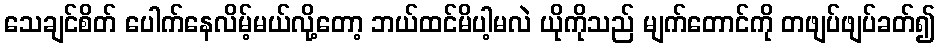
သေချင်စိတ် ပေါက်နေလိမ့်မယ်လို့တော့ ဘယ်ထင်မိပါ့မလဲ ယိုကိုသည် မျက်တောင်ကို တဖျပ်ဖျပ်ခတ်၍